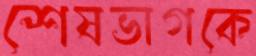
শেষভাগকে